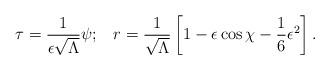
LaTeX: \begin{align*}\tau = \frac{1}{\epsilon\sqrt{\Lambda}} \psi; \;\;\;r = \frac{1}{\sqrt{\Lambda}}\left[1 - \epsilon\cos\chi - \frac{1}{6} \epsilon^2 \right].\end{align*}